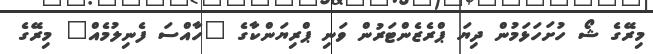
މިރޭގެ ޝޯ ހުށަހަޅަމުން ދިޔަ ޕްރެޒެންޓަރުން ވަނި ޕްރިޔަންކާގެ "ހާއްސަ ފެނިލުމެއް" މިރޭގެ